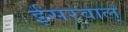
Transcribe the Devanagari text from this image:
ईसरवाल्